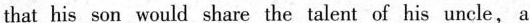
that his s on would share the talent of his uncle, a